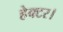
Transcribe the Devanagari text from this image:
हेक्‍टर।